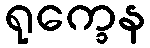
ရုက္ခေန